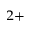
^ { 2 + }